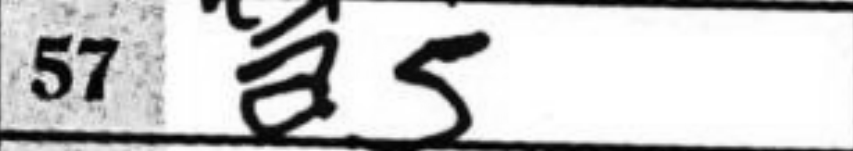
Transcription: a5